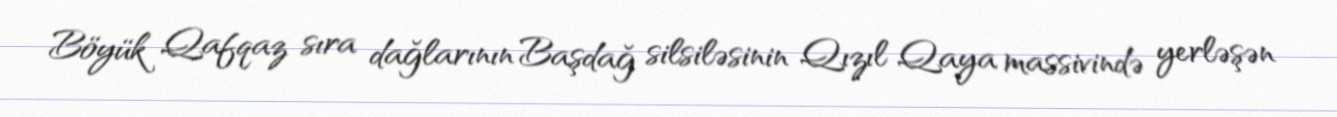
Böyük Qafqaz sıra dağlarının Başdağ silsiləsinin Qızıl Qaya massivində yerləşən